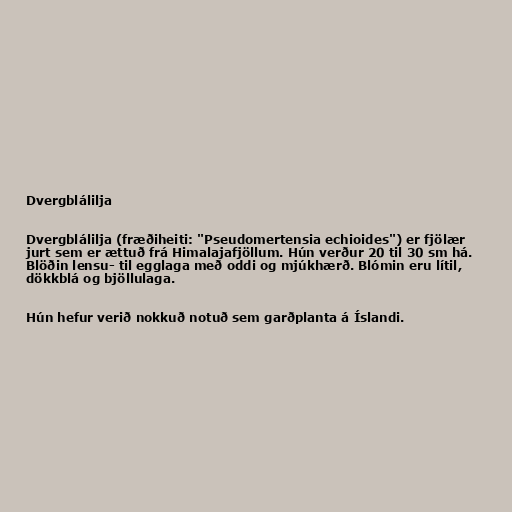
Dvergblálilja

Dvergblálilja (fræðiheiti: "Pseudomertensia echioides") er fjölær
jurt sem er ættuð frá Himalajafjöllum. Hún verður 20 til 30 sm há.
Blöðin lensu- til egglaga með oddi og mjúkhærð. Blómin eru lítil,
dökkblá og bjöllulaga.

Hún hefur verið nokkuð notuð sem garðplanta á Íslandi.